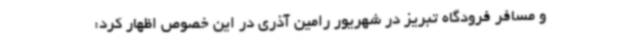
و مسافر فرودگاه تبریز در شهریور رامین آذری در این خصوص اظهار کرد: